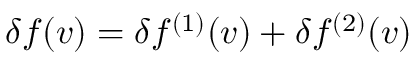
\delta f ( \boldsymbol { v } ) = \delta f ^ { ( 1 ) } ( \boldsymbol { v } ) + \delta f ^ { ( 2 ) } ( \boldsymbol { v } )